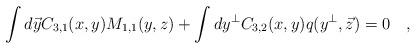
LaTeX: \begin{align*}\int d\vec{y} C_{3,1}(x,y)M_{1,1}(y,z)+\int dy^\bot C_{3,2}(x, y) q(y^{\bot}, \vec{z})=0 \quad,\end{align*}